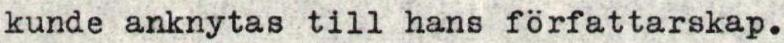
kunde anknytas till hans författarskap.